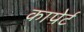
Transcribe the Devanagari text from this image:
कापेर्ट